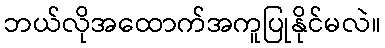
ဘယ်လိုအထောက်အကူပြုနိုင်မလဲ။